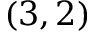
( 3 , 2 )